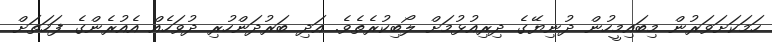
ހަމަކަށަވަރުން މިބައިމީހުން ދުނިޔޭގެ ދިރިއުޅުމަށް ލޯބިކުރެތެވެ. އަދި ބަރުދަންހުރި ދުވަހެއް އެއުރެންގެ ފަހަތަށް